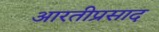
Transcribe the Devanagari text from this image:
आरतीप्रसाद